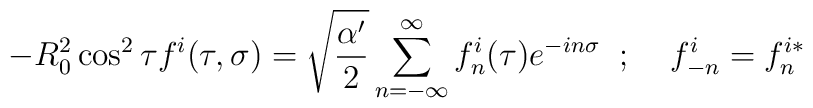
-R^2_{0}\cos^2\tau f^{i}(\tau,\sigma)=\sqrt{\frac{\alpha'}{2}}\sum_{n=-\infty}^{\infty}f^{i}_{n}(\tau)e^{-in\sigma}\;\; ;\;\;\;\; f^{i}_{-n}=f^{i*}_{n}